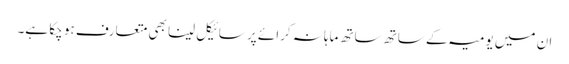
ان میں یومیہ کے ساتھ ساتھ ماہانہ کرائے پر سائیکل لینا بھی متعارف ہو چکا ہے۔